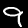
Label: 9